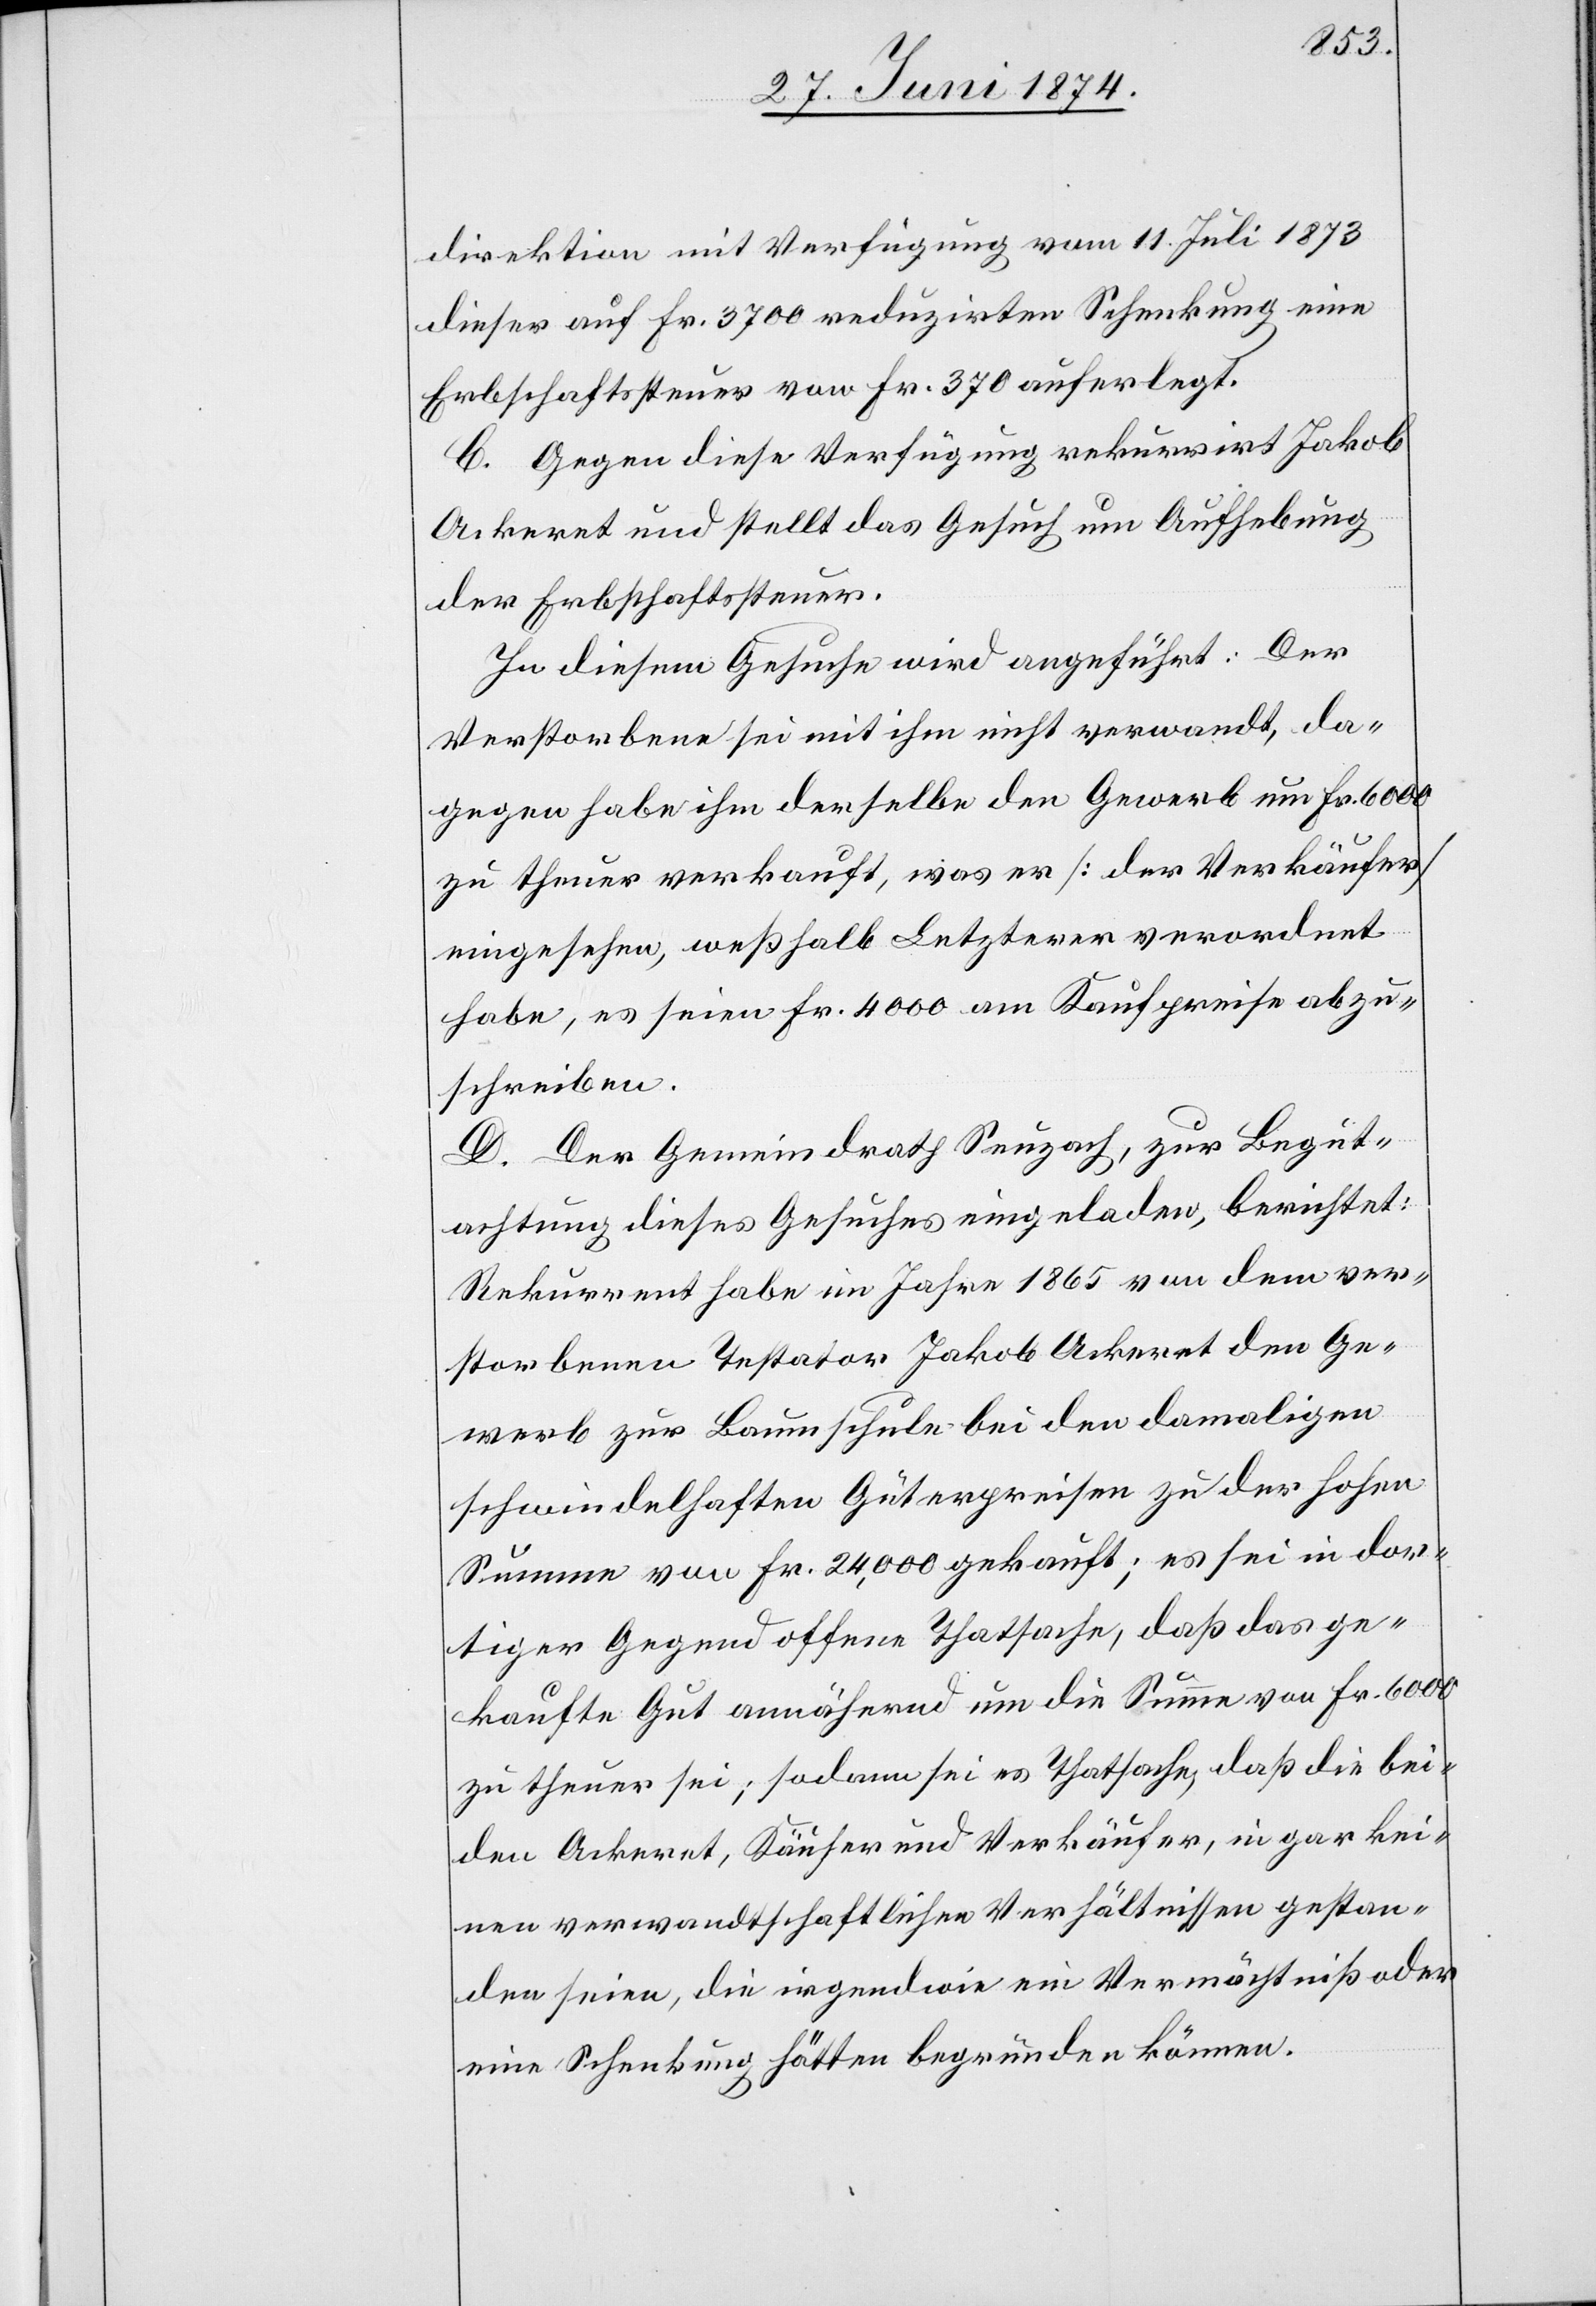
direktion mit Verfügung vom 11. Juli 1873
dieser auf Fr. 3700 reduzirten Schenkung eine
Erbschaftssteuer von Fr. 370 auferlegt.
C. Gegen diese Verfügung rekurrirt Jakob
Ackeret und stellt das Gesuch um Aufhebung
der Erbschaftssteuer.
In diesem Gesuche wird angeführt: Der
Verstorbene sei mit ihm nicht verwandt, da¬
gegen habe ihm derselbe den Gewerb um Fr. 6000
zu theuer verkauft, was er [der Verkäufer]
eingesehen, weßhalb Letzterer verordnet
habe, es seien Fr. 4000 am Kaufpreise abzu¬
schreiben.
D. Der Gemeindrath Seuzach, zur Begut¬
achtung dieses Gesuches eingeladen, berichtet:
Rekurrent habe im Jahre 1865 von dem ver¬
storbenen Testator Jakob Ackeret den Ge¬
werb zur Baumschule bei den damaligen
schwindelhaften Güterpreisen zu der hohen
Summe von Fr. 24,000 gekauft; es sei in dor¬
tiger Gegend offene Thatsache, daß das ge¬
kaufte Gut annähernd um die Summe von Fr. 6000
zu theuer sei; sodann sei es Thatsache, daß die bei¬
den Ackeret, Käufer und Verkäufer, in gar kei¬
nen verwandtschaftlichen Verhältnissen gestan¬
den seien, die irgendwie ein Vermächtniß oder
eine Schenkung hätten begründen können.